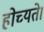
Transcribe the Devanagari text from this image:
होच्यते।